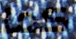
كما